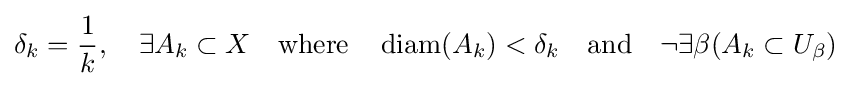
\delta _{k}={\frac {1}{k}},\quad \exists A_{k}\subset X\quad {\text{where}}\quad \operatorname {diam} (A_{k})<\delta _{k}\quad {\text{and}}\quad \neg \exists \beta (A_{k}\subset U_{\beta })